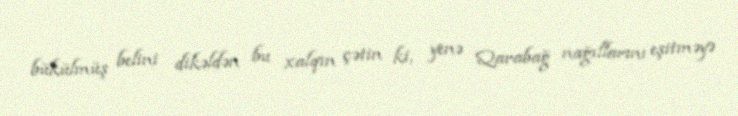
bükülmüş belini dikəldən bu xalqın çətin ki, yenə Qarabağ nağıllarını eşitməyə